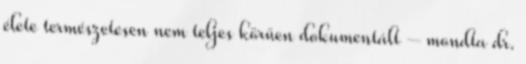
élete természetesen nem teljes körűen dokumentált – mondta dr.